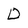
Character: D